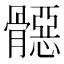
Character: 𱅳